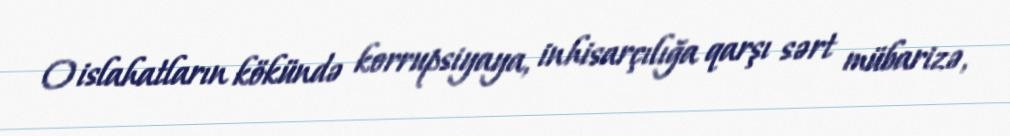
O islahatların kökündə korrupsiyaya, inhisarçılığa qarşı sərt mübarizə,